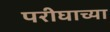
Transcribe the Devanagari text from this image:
परीघाच्या